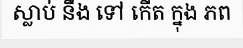
ស្លាប់ នឹង ទៅ កើត ក្នុង ភព